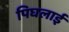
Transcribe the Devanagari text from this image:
पिघलाई